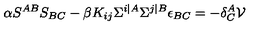
\alpha S ^ { A B } S _ { B C } - \beta K _ { i j } \Sigma ^ { i \vert A } \Sigma ^ { j \vert B } \epsilon _ { B C } = - \delta _ { C } ^ { A } \mathcal { V }